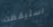
استيقظت